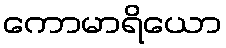
ကောမာရိယော